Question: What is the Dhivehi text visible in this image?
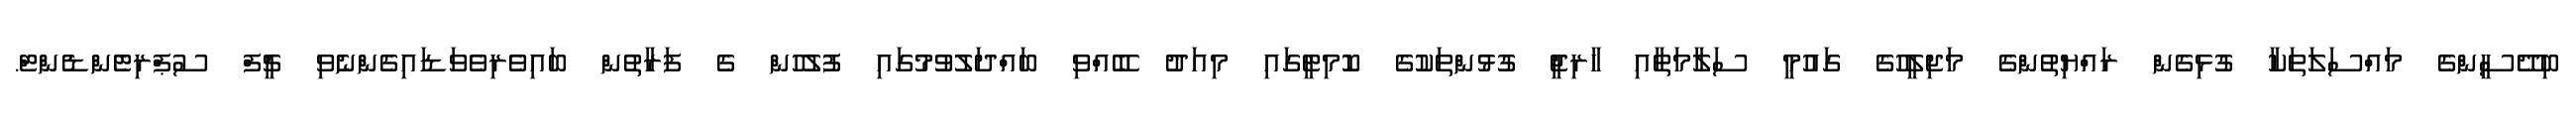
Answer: ބިދޭސީންގެ މައްސަލަތަކާ ގުޅިގެން ރައްޔިތުންގެ މަޖިލީހުގެ ގައުމީ ސަލާމަތާއި ހާރިޖީ ގުޅުންތަކުގެ ކޮމިޓީގައި މިއަދު ބޭއްވި ބައްދަލުވުމުގައި ފުލުހުން ގެ ފަރާތުން ބައިވެރިވެވަޑައިގެންނެވި ޗީފް ސުޕްރިޓެންޑެންޓް.